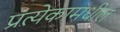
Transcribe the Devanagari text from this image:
प्रत्येकामधील